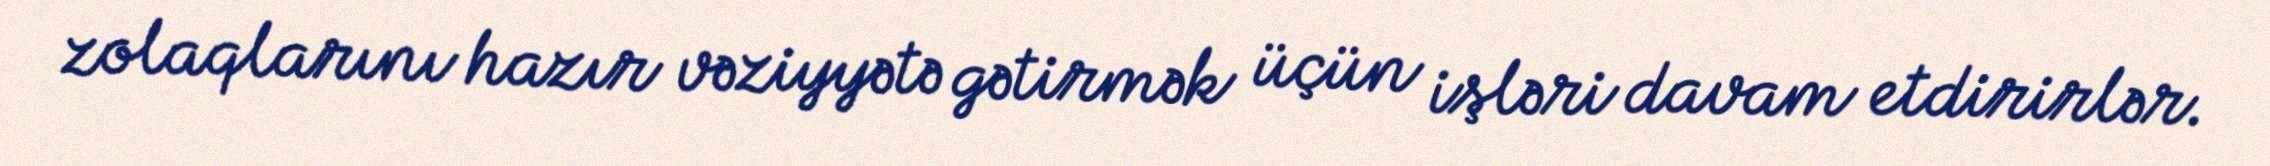
zolaqlarını hazır vəziyyətə gətirmək üçün işləri davam etdirirlər.